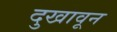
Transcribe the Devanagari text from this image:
दुखावून